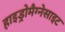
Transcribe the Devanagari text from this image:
हाइड्रोमैग्नेसाइट